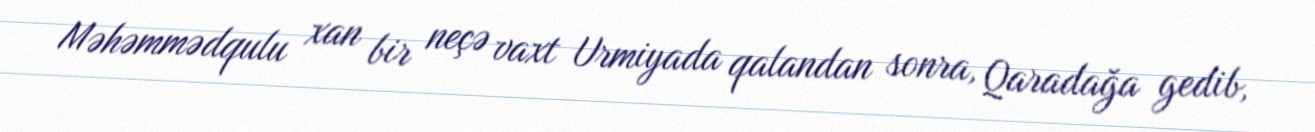
Məhəmmədqulu xan bir neçə vaxt Urmiyada qalandan sonra, Qaradağa gedib,